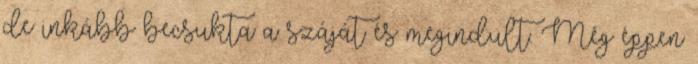
de inkább becsukta a száját és megindult. Még éppen